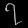
Digit: ၇